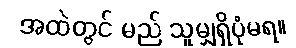
အထဲတွင် မည် သူမျှရှိပုံမရ။